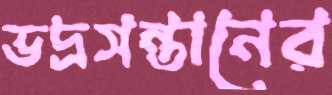
ভদ্রসন্তানের